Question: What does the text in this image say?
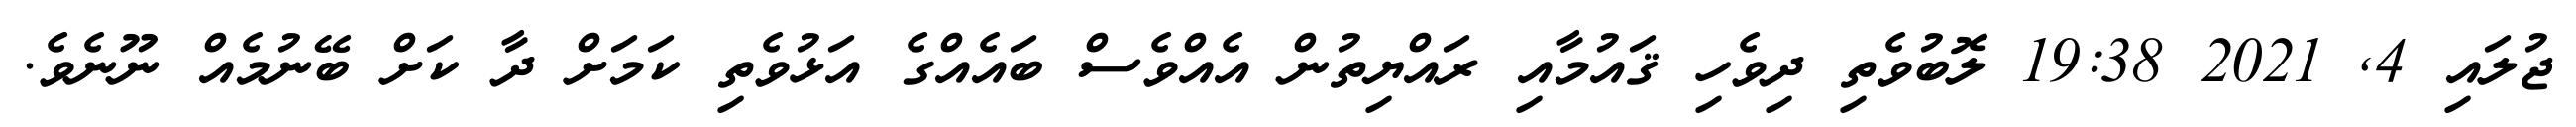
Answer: ޖުލައި 4, 2021 19:38 ލޮބުވެތި ދިވެހި ޤައުމާއި ރައްޔިތުން އެއްވެސް ބައެއްގެ އަޅުވެތި ކަމަށް ދާ ކަށް ބޭނުމެއް ނޫނެވެ.